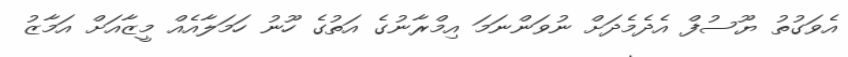
އެވަގުތު ޔޫސުފް އެދެމެދަށް ނުވަންނަމަ އިމްރާނުގެ އަތުގެ ހޫނު ހަމަލާއެއް މީޒާއަށް އަމާޒު